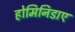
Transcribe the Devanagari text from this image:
होमिनिडाए